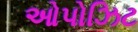
ઓપોઝિટ